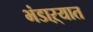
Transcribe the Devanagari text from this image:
भंडाऱ्यात